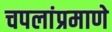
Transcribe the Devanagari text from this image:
चपलांप्रमाणे